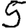
Digit: 5